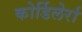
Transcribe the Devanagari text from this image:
कोर्डिलेर्रा